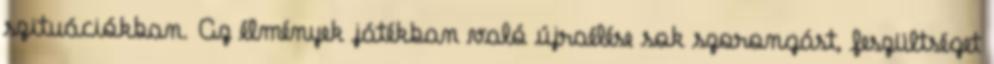
szituációkban. Az élmények játékban való újraélése sok szorongást, feszültséget